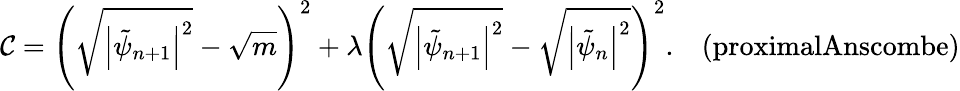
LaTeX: \mathcal{C}=\left(\sqrt{\left|\tilde{\psi}_{n+1}\right|^{2}}-\sqrt{m}\right)^{2}+\lambda\left(\sqrt{\left|\tilde{\psi}_{n+1}\right|^{2}}-\sqrt{\left|\tilde{\psi}_{n}\right|^{2}}\right)^{2}.\; \; \; \textrm{(proximalAnscombe)}